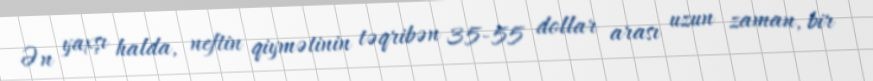
Ən yaxşı halda, neftin qiymətinin təqribən 35-55 dollar arası uzun zaman, bir